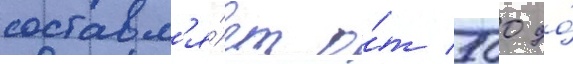
составл'я́ет о́т 500 до́